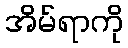
အိမ်ရာကို